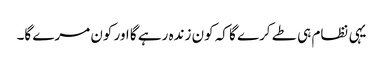
یہی نظام ہی طے کرے گا کہ کون زندہ رہے گا اور کون مرے گا۔